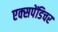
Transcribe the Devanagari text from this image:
एक्‍सपेंडिचर